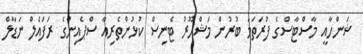
ޝަންހާއީ މާސްޓާސްގެ ފުރަތަމަ ބުރުން މަޝްހޫރު ޓެނިސް ކުޅުންތެރިއާ ސްޕެއިންގެ ރަފައެލް ނަޑާލް